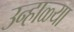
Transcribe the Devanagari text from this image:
उन्हाळ्या